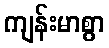
ကျန်းမာစွာ